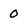
Character: 0